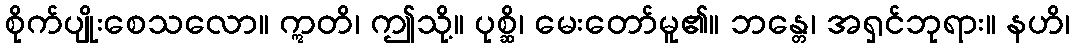
စိုက်ပျိုးစေသလော။ ဣတိ၊ ဤသို့။ ပုစ္ဆိ၊ မေးတော်မူ၏။ ဘန္တေ၊ အရှင်ဘုရား။ နဟိ၊